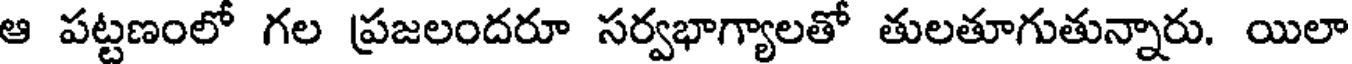
ఆ పట్టణంలో గల ప్రజలందరూ సర్వభాగ్యాలతో తులతూగుతున్నారు. యిలా